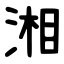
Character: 湘